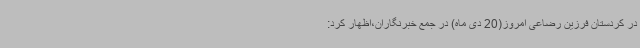
در کردستان فرزین رضاعی امروز(20 دی ماه) در جمع خبرنگاران،اظهار کرد: